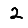
Digit: 2